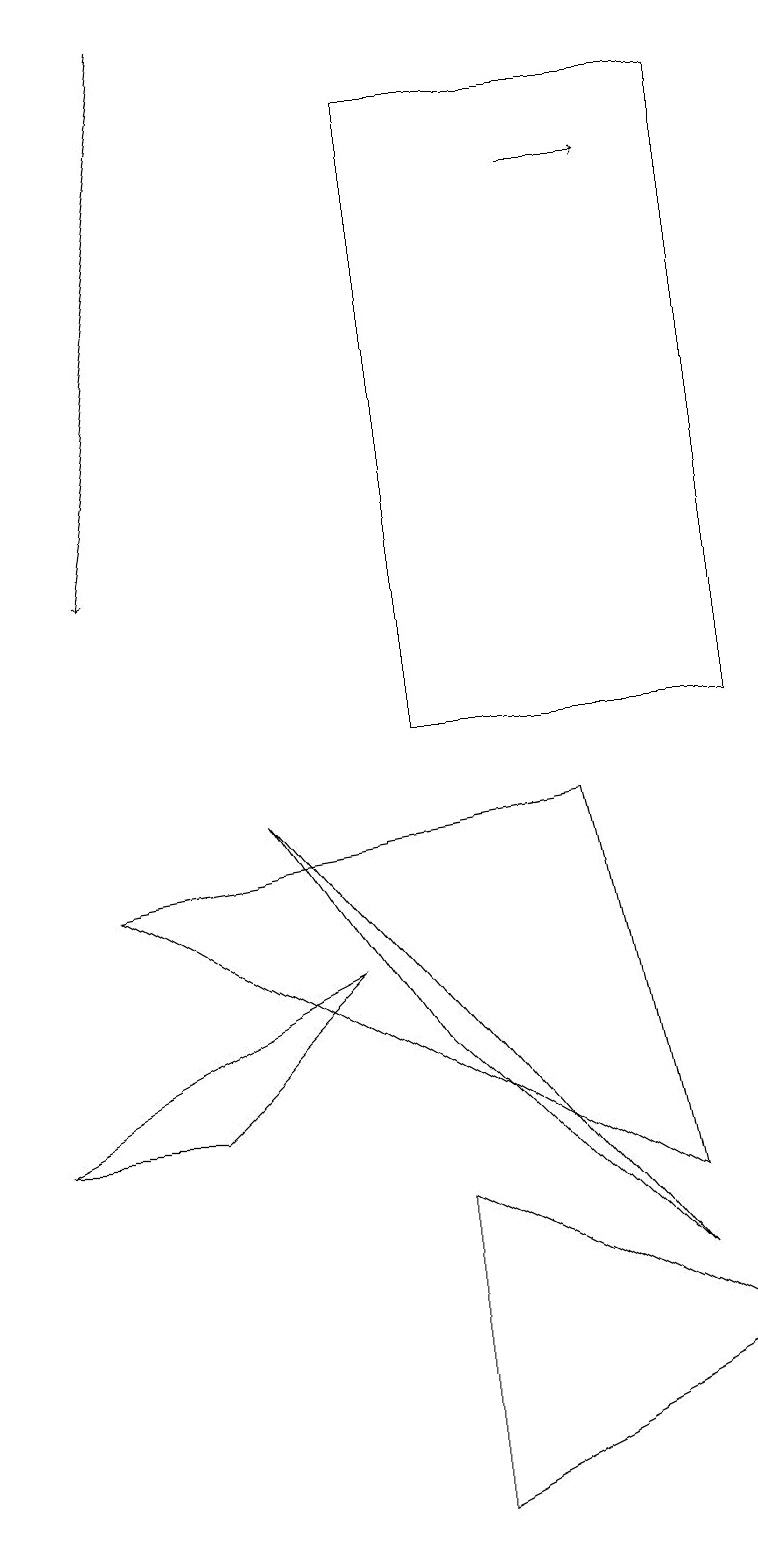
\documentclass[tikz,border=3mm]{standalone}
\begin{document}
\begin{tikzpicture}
\draw (9,2) -- (5,0) -- (5,4) -- cycle;
\draw (8,3) -- (3,9) -- (5,6) -- cycle;
\draw[->] (7,17) -- (8,17);
\draw (5,10) rectangle (9,18);
\draw[->] (2,19) -- (1,12);
\draw (4,7) -- (2,5) -- (0,5) -- cycle;
\draw (1,8) -- (7,9) -- (8,4) -- cycle;
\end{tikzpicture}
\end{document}